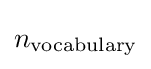
n_{\text{vocabulary}}